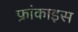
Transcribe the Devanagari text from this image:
फ्रांकाइस